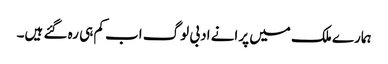
ہمارے ملک میں پرانے ادبی لوگ اب کم ہی رہ گئے ہیں۔